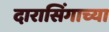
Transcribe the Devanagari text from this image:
दारासिंगाच्या